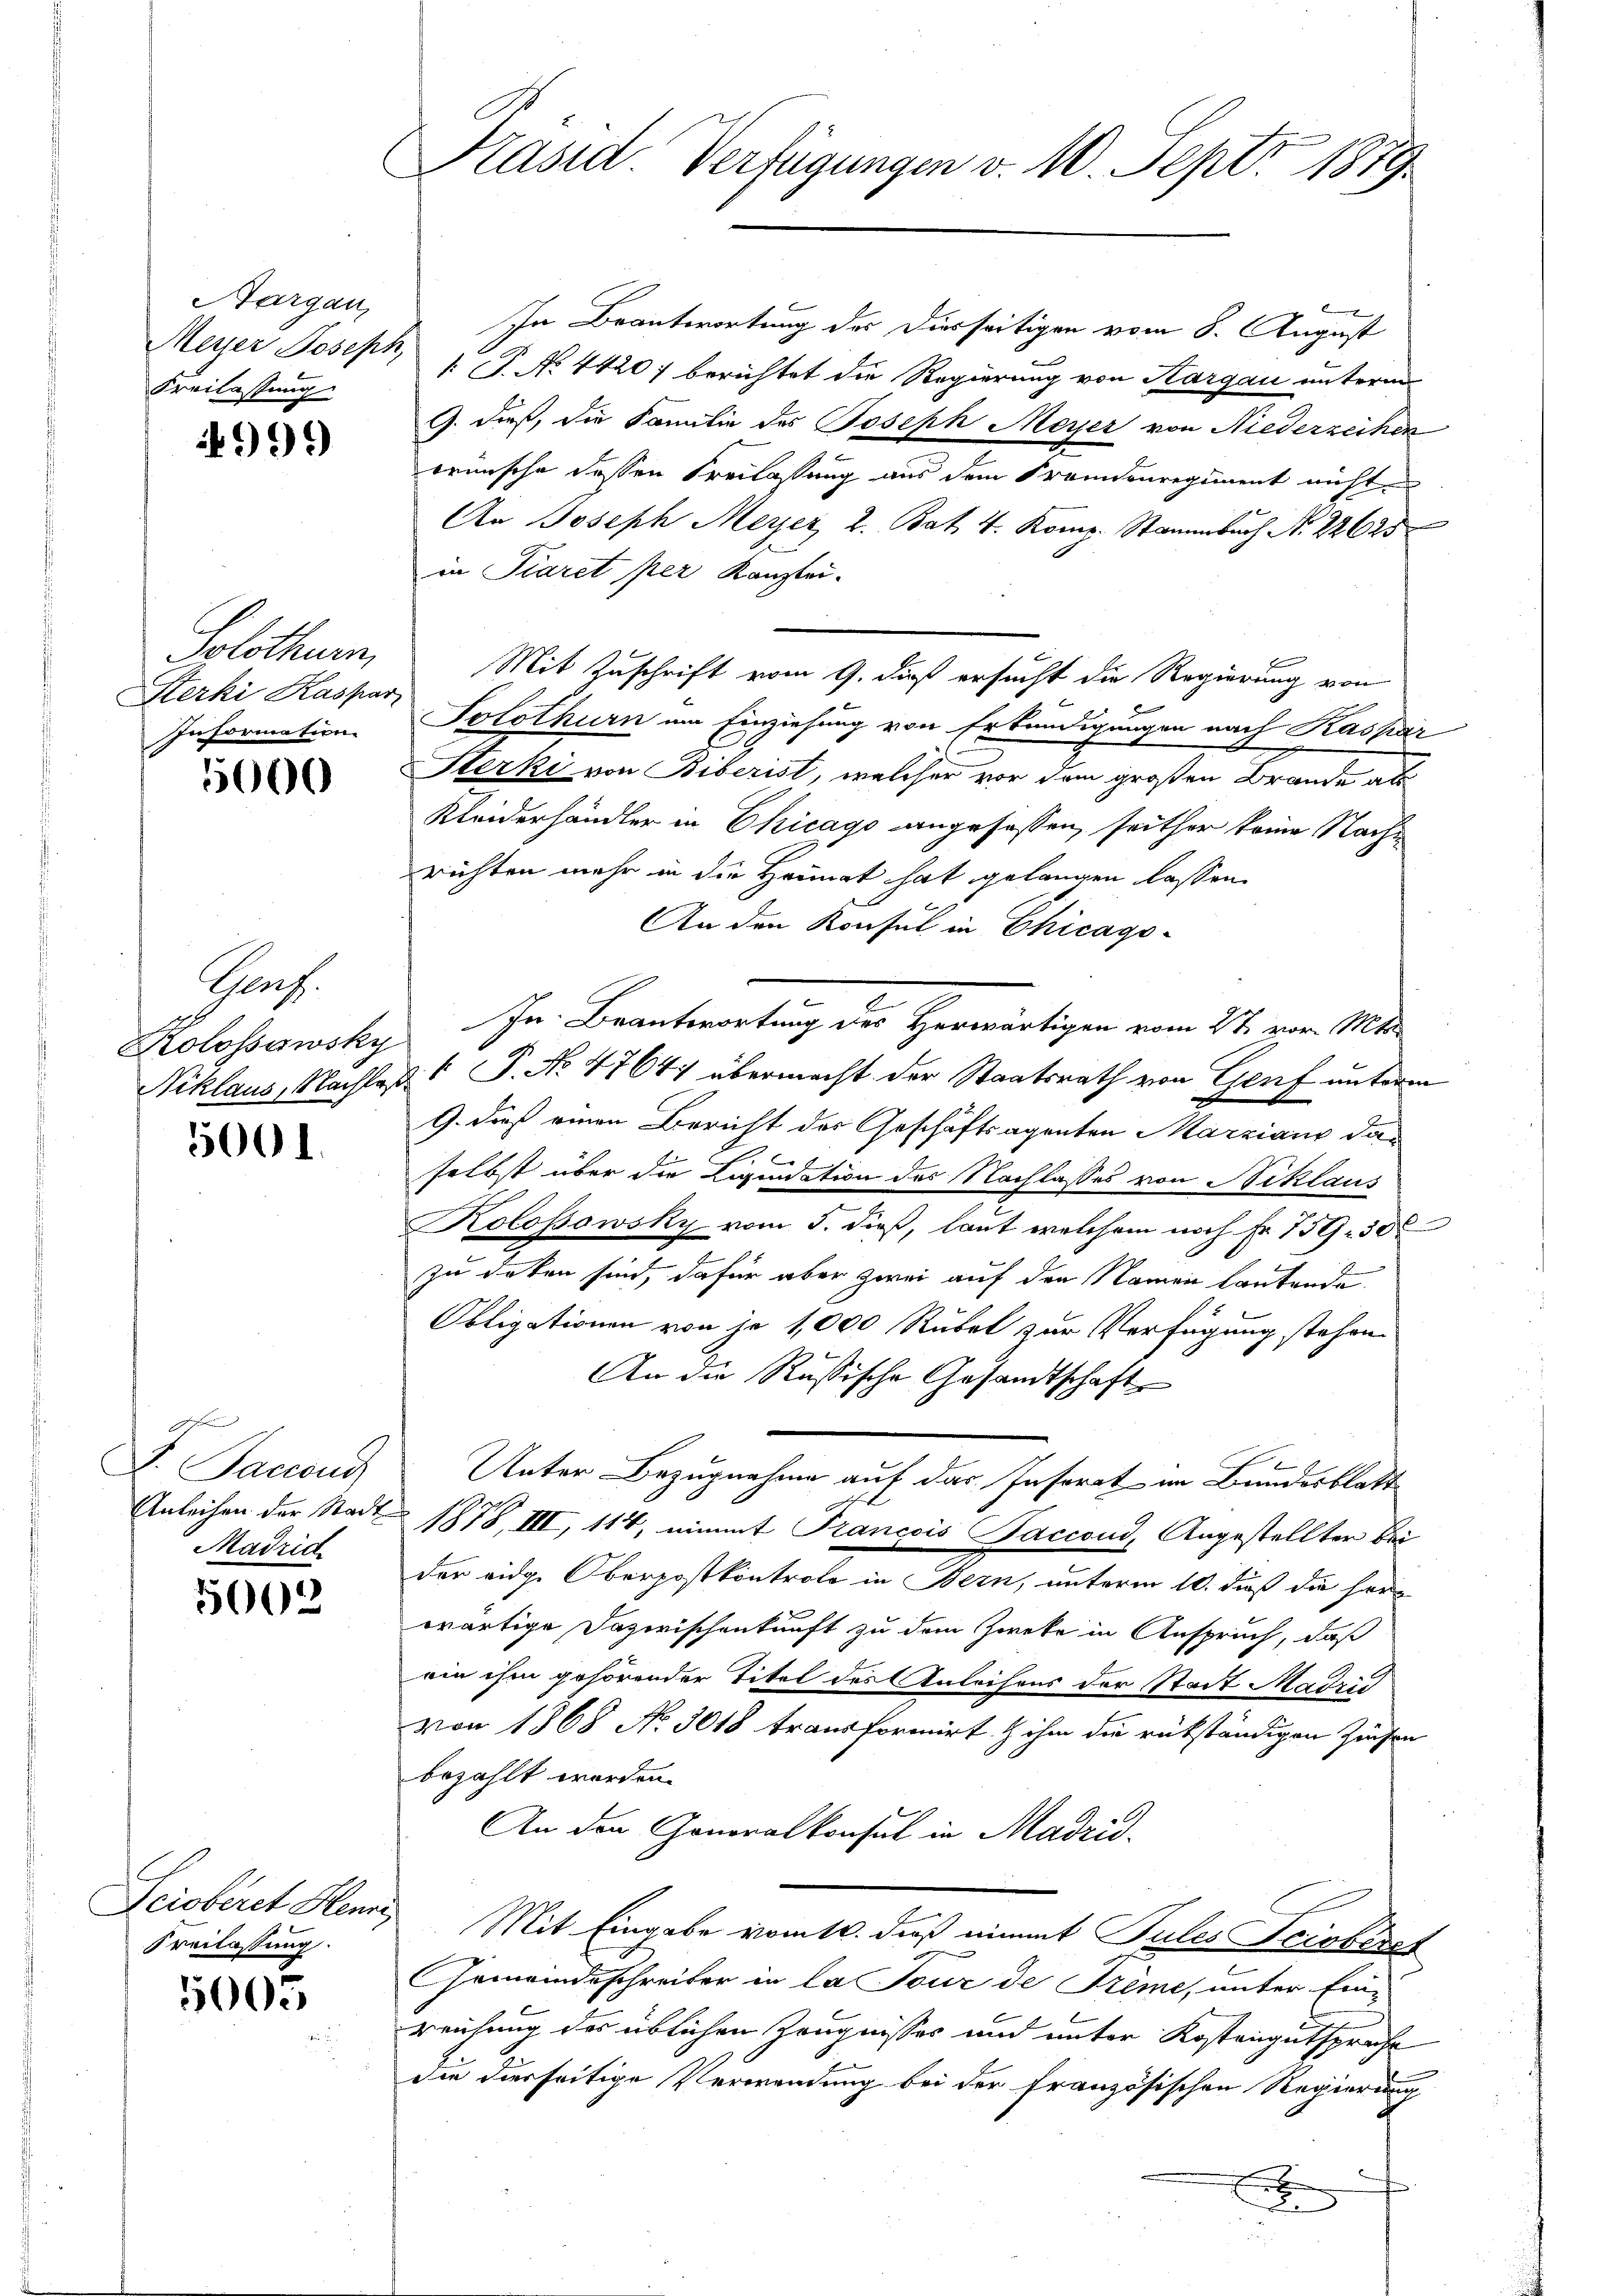
Aargau,
Kreilassung

999

Solothurn,
Sterki Kaspar
Information

5000

Theres.
Kolossowsky

5001.

d
Saccouc
Madrid

5002

Freilassung.

5005

Käsid. Verfügungen v. 10. Sept. 1879.

e
In Beantwortung des Diesseitigen vom 8. August
Meyer Joseph, 1 P. No. 44207 berichtet die Regierung von Kargau unterm
G. dieß, die Familie des Joseph Meyer von Niederzeihen
wünsche dessen Freilassung aus dem Fremdenregiment nicht
An Joseph Meyer l. Bat 4. Komp. Stammbuch N. 22625
in Piaret per Kanzlei.
Mit Zuschrift vom 9. daß ersucht die Regierung von
Solothurn am Einziehung von Erkundigungen nach Kaspar
Sterki von Biberist, welcher vor dem großen Brande als
Kleiderhändler in Chicago angefassen, seither keine Nachrichten mehr in die Heimat hat gelangen lassen.
An den Konsul in Chicago-
In Beantwortung der Herwärtigen vom 24. von Mit
Niklaus, Nachlaß  P. No 4764 übermacht der Staatsrath von Genf unterm
9. dieß einen Bericht des Geschäftsagenten Marzians da¬

selbst über die Liquidation des Nachlasses von Niklaus
Kolossowsky vom 5. dieß, laut welchem noch Fr. 159. 30
zu deten sind, dafür aber zwei auf den Namen lautende
Obligationen von je 1,000 Rubel zur Verfügung stehen
An die Russische Gesandtschaft
Unter Bezugnahme auf das Instrat im Bundesblatt
Anleihen der Stadt 1878, III, 114, nimmt Francois Saccoud, Angestellter Bei
der eidge Oberpostkontrolo in Bern, unterm 10. daß die herwärtige Dazwischenkunft zu dem Zweke in Anspruch, daß
ein ihm gehörender Titel des Anleihens der Stadt Madrid
von 1868 No 3018 transformirt & ihm die rükständigen Zinsen
bezahlt worden.
An den Generalkonsul in Madrid,
Sciobiret Henry Mit Eingabe vom 10. dieß eimmt Pules Teichtet
Gemeindeschreiber in la Tour de Freme, unter Ein-
reichung der üblichen Zeugnisses und unter Kostengutspruche
die diesseitige Verwendung bei der französischen Regierung
x
8